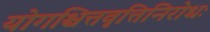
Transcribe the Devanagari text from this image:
योगश्चित्तवृत्तिनिरोधः